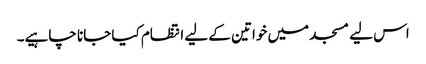
اس لیے مسجد میں خواتین کے لیے انتظام کیا جانا چاہیے۔